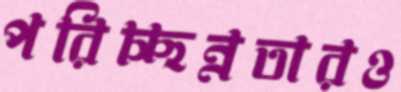
পরিচ্ছন্নতারও